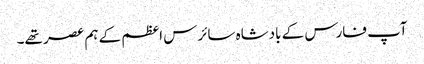
آپ فارس کے بادشاہ سائرس اعظم کے ہم عصر تھے۔